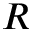
R